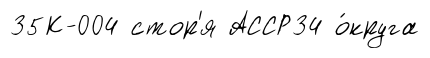
35К-004 стор'я АССР34 о́круга